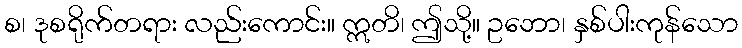
စ၊ ဒုစရိုက်တရား လည်းကောင်း။ ဣတိ၊ ဤသို့။ ဥဘော၊ နှစ်ပါးကုန်သော